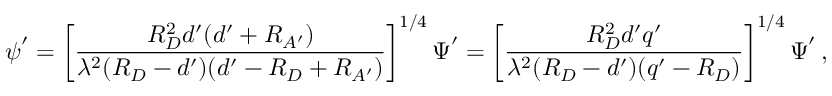
\boldsymbol \psi ^ { \prime } = \left[ { \frac { R _ { D } ^ { 2 } d ^ { \prime } ( d ^ { \prime } + R _ { A ^ { \prime } } ) } { \lambda ^ { 2 } ( R _ { D } - d ^ { \prime } ) ( d ^ { \prime } - R _ { D } + R _ { A ^ { \prime } } ) } } \right] ^ { 1 / 4 } \boldsymbol \Psi ^ { \prime } = \left[ { \frac { R _ { D } ^ { 2 } d ^ { \prime } q ^ { \prime } } { \lambda ^ { 2 } ( R _ { D } - d ^ { \prime } ) ( q ^ { \prime } - R _ { D } ) } } \right] ^ { 1 / 4 } \boldsymbol \Psi ^ { \prime } \, ,